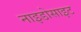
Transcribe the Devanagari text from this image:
नाइडोसाइट